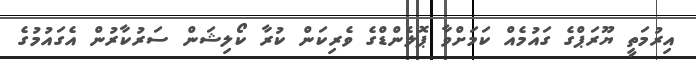
އިރުމަތީ ޔޫރަޕްގެ ގައުމެއް ކަމަށްވާ ޕޮލެންޑްގެ ވެރިކަން ކުރާ ކޯލިޝަން ސަރުކާރުން އެގައުމުގެ